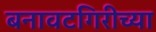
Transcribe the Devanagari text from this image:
बनावटगिरीच्या